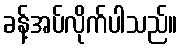
ခန့်အပ်လိုက်ပါသည်။